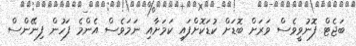
ބަޖެޓް ފޮނުވީވެސް ވަރަށް ބޮޑަށް ކުޑަކޮށްފައި ކަމަށާއި ނަމަވެސް އެންމެ ފަހުން ފިނޭންސް